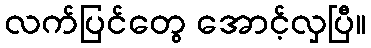
လက်ပြင်တွေ အောင့်လှပြီ။